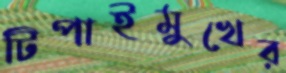
টিপাইমুখের